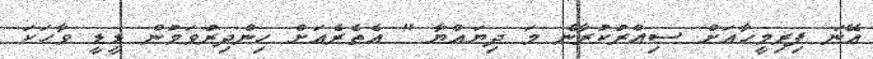
އޭނަ ފިރިމީހާއަށް ސިއްރުކުރާނެ މަ ދިޔައްޔާ " އެތެރެއަށް ހިންދިރުވަމުން ޑީޑީ ވާހަކަ